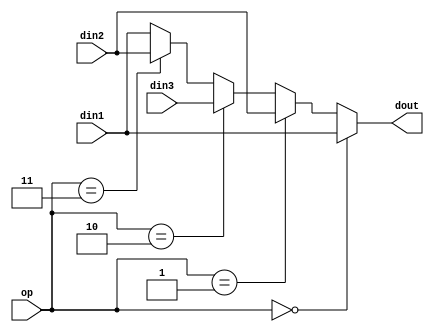
`timescale 1ns / 1ps
//////////////////////////////////////////////////////////////////////////////////
// Company: 
// Engineer: 
// 
// Design Name: 
// Module Name: mux3
// Project Name: 
// Target Devices: 
// Tool Versions: 
// Description: 
// 
// Dependencies: 
// 
// Revision:
// Revision 0.01 - File Created
// Additional Comments:
// 
//////////////////////////////////////////////////////////////////////////////////


module mux3 # (parameter DATA_WIDTH = 32) (
	input [DATA_WIDTH-1:0] din1, din2, din3,
	input [1:0] op,
	output [DATA_WIDTH-1:0] dout
);
	assign dout = (op == 2'b00) ? din1 :
				  (op == 2'b01) ? din2 :
				  (op == 2'b10) ? din3 :
				  (op == 2'b11) ? din2 : din1;  // 11
endmodule